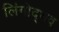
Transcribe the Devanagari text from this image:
लिंगोद्भव